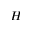
H